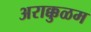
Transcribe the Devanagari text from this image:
अराक्कुळम